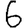
Digit: 6